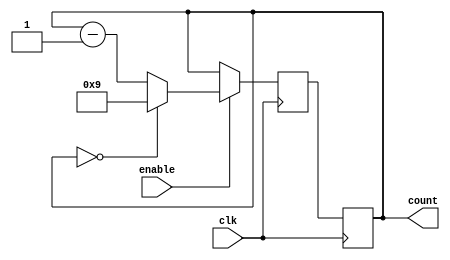
module BCD_Down_Counter_with_Enable(
    input wire clk,
    input wire enable,
    output reg [3:0] count
);

reg [3:0] next_count;

always @(posedge clk) begin
    if (enable) begin
        if (count == 4'b0000) begin
            next_count <= 4'b1001;
        end else begin
            next_count <= count - 1;
        end
    end else begin
        next_count <= count;
    end
end

always @(posedge clk) begin
    count <= next_count;
end

endmodule